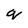
Character: q